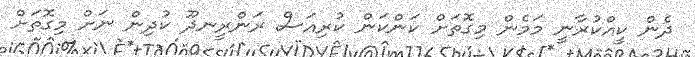
ދެން ކީއްކުރާނީ މަމެން މިގޮތަށް ކަންކަން ކުރިއަސް ރަންރީނދޫ ކުދިން ނަށް މިގޮތަށް